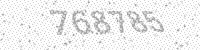
Solution: 768785